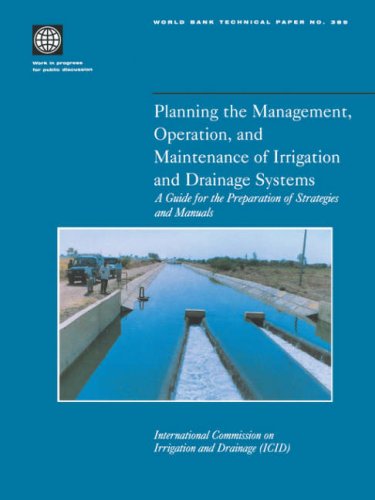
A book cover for Planning the Management, Operation, and Maintenance of Irrigation and Drainage Systems: A Guide for the Preparation of Strategies and Manuals (World Bank Technical Papers); International Commission on Irrigation and Drainage; Science & Math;